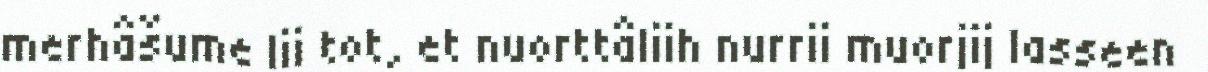
merhâšume lii tot, et nuorttâliih nurrii muorjij lasseen